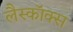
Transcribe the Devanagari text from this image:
लैस्कॉक्स